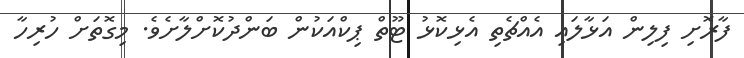
ފާރޮށި ފިލިން އަޅާލައި އެއްޗެތި އެޅިކޮޅު ޓޫތް ޕިކްއަކުން ބަންދުކޮށްލާށެވެ. މިގޮތަށް ހުރިހާ